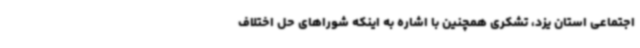
اجتماعی استان یزد، تشکری همچنین با اشاره به اینکه شوراهای حل اختلاف